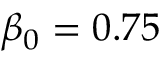
\beta _ { 0 } = 0 . 7 5